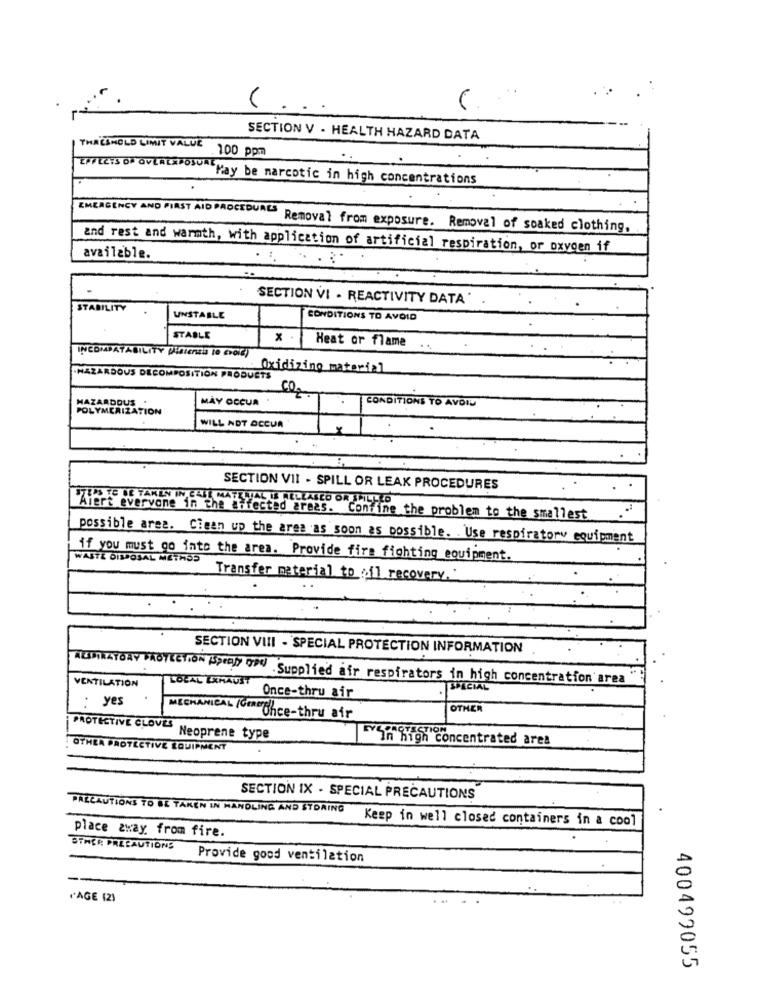
V
SECTION V . HEALTH HAZARD DATA
THRESHOLD LIMIT VALUE
100 ppm
EFFECTS OF OVERLSPOSUAL May be marcotic in high concentrations
EMERGENCY AND FIRST AID PROCEDURES Removal from exposure. Removal of soaked clothing,
and rest and warmth, with application of artificial respiration, or oxygen if
available.
.
SECTION VI - REACTIVITY DATA
STABILITY
UNSTABLE
CONDITIONS TO AVOID
STABLE
Heat or flame
INCOMPATABILITY PUSIensa IO CYOG)
Oxidizing material
.HAZARDOUS DECOMPOSITION PRODUCTS
MAY OCCUR
CONDITIONS TO AVOID
HAZARDOUS
POLYMERIZATION
WILL NOT OCCUR
SECTION VII - SPILL OR LEAK PROCEDURES
STUPSTE DE TAKEN IN CALL MATECIAL LE MIELLASCO OR SPILLED
iert everyone in the affected areas. Confine the problem to the smallest
possible area. Clean up the area as soon as possible. . Use respiratory equipment
WASTE DISPOSAL METH55
if you must go into the area. Provide fire fighting equipment.
Transfer material to cil recovery."
SECTION VIII - SPECIAL PROTECTION INFORMATION
ALSORATORY PROTECTION Speely ond Supplied air respirators in high concentration area
VENTILATION
LOCAL EXHAUST
SPECIAL
: yes
Once-thru air
OTHER
MECHANICAL /GoneChce-thru air
PROTECTIVE CLOVES Neoprene type
Pustit Concentrated ares
OTHEA PROTECTIVE EQUIPMENT
SECTION IX - SPECIAL PRECAUTIONS
PRECAUTIONS TO BE TAKEN IN HANDLING AND STORING
Keep in well closed containers in a cool
place away from fire.
STHER PRECAUTIONS
Provide good ventilation
'AGE (2)
400499055